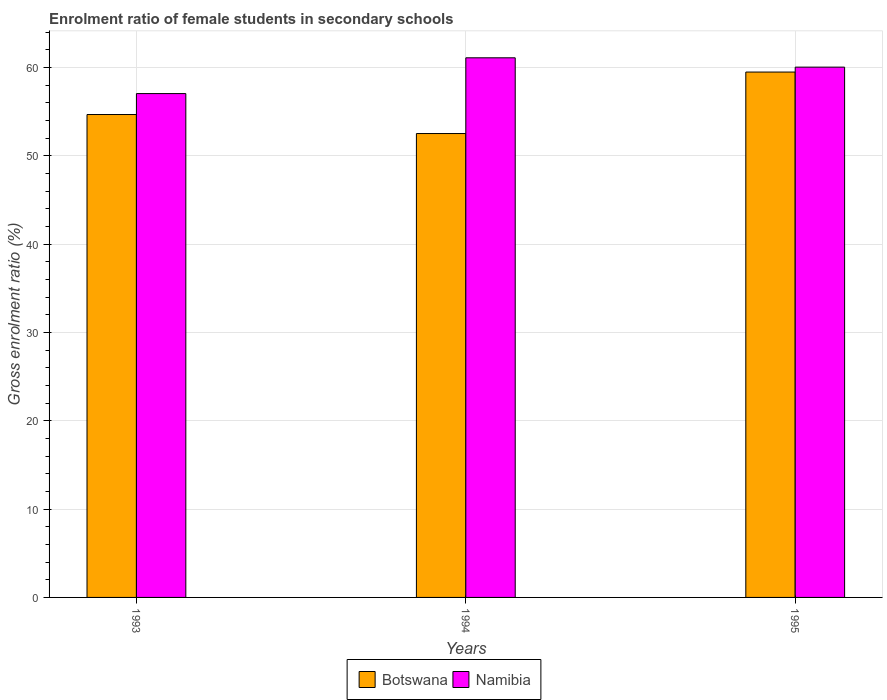
| Years | Botswana | Namibia |
 | --- | --- | --- |
 | 1993 | 54.7 | 57 |
 | 1994 | 52.5 | 61.1 |
 | 1995 | 59.5 | 60 |